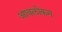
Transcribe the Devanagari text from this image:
आवलोकन